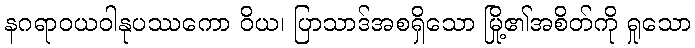
နဂရာဝယဝါနုပဿကော ဝိယ၊ ပြာသာဒ်အစရှိသော မြို့၏အစိတ်ကို ရှုသော